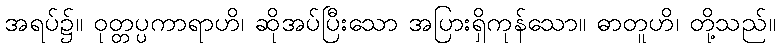
အရပ်၌။ ဝုတ္တပ္ပကာရာဟိ၊ ဆိုအပ်ပြီးသော အပြားရှိကုန်သော။ ဓာတူဟိ၊ တို့သည်။